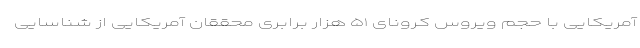
آمریکایی با حجم ویروس کرونای ۵۱ هزار برابری محققان آمریکایی از شناسایی